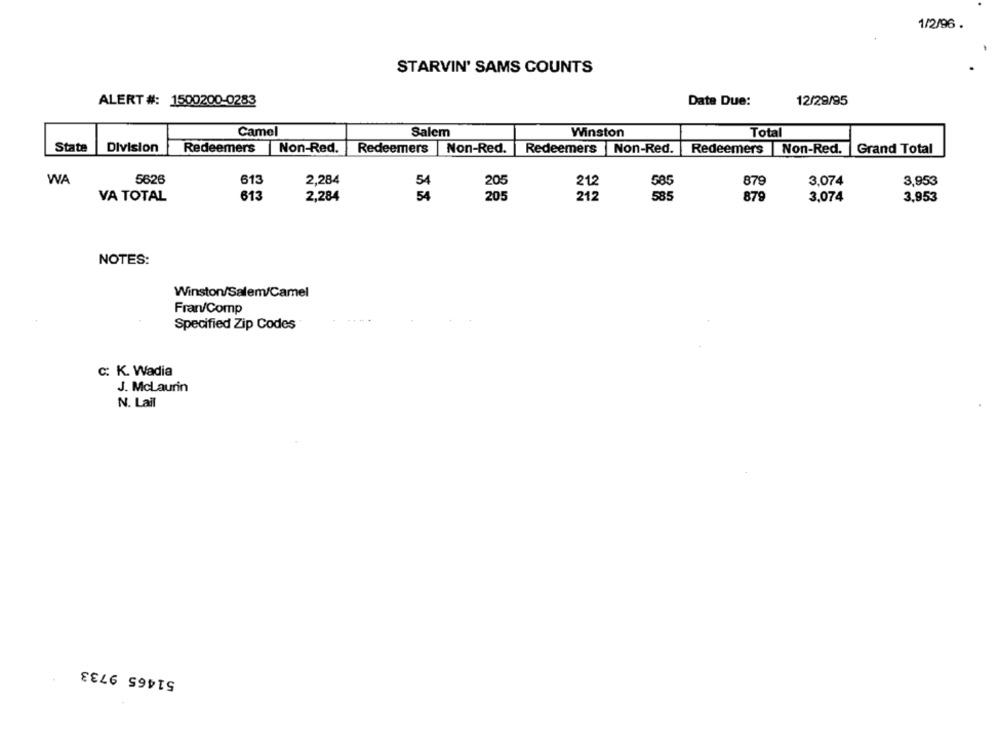
1/2/96 .
STARVIN' SAMS COUNTS
ALERT #: 1500200-0283
Date Due:
12/29/95
Camel
Salem
Winston
Total
State
Division
Redeemers
Non-Red.
Redeemers
Non-Red.
Redeemers |Non-Red. Grand Total
Redeemers
Non-Red.
WA
5626
613
2,284
54
205
212
879
3,074
3,953
VA TOTAL
613
2,284
54
205
212
879
3,074
3,953
NOTES:
Winston/Salem/Camel
Fran/Comp
Specified Zip Codes
C: K. Wadia
J. McLaurin
N. Lail
51465 9733